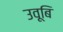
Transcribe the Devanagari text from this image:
उवूबि